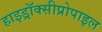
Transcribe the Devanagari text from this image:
हाइड्रॉक्सीप्रोपाइल